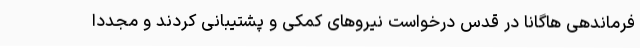
فرماندهی هاگانا در قدس درخواست نیروهای کمکی و پشتیبانی کردند و مجددا